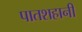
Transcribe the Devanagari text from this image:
पातशहानी